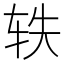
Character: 轶